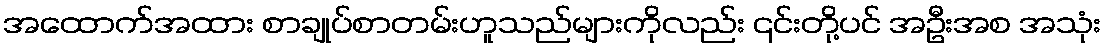
အထောက်အထား စာချုပ်စာတမ်းဟူသည်များကိုလည်း ၎င်းတို့ပင် အဦးအစ အသုံး